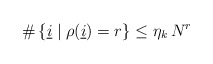
\begin{align*}\# \left\{ \underline{i} \mid \rho(\underline{i} ) = r \right\} \leq \eta_k \, N^r\end{align*}